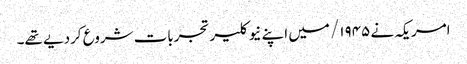
امریکہ نے ۱۹۴۵/ میں اپنے نیوکلیر تجربات شروع کردیے تھے۔